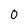
Character: 0